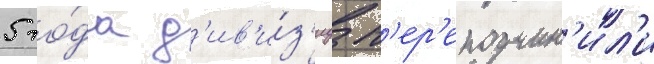
5 го́да д'ив'и́з'иу п'ер'еподчин'ил'и